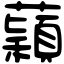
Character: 蘔